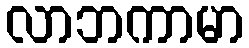
လာဘကာမာ